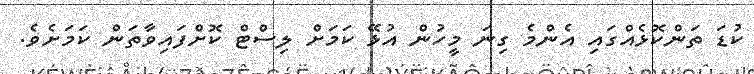
ކުޑަ ތަންކޮޅެއްގައި އެންމެ ގިނަ މީހުން އުޅޭ ކަމަށް ލިސްޓް ކޮށްފައިވާތަން ކަމަށެވެ.